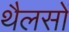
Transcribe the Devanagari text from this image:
थैलसों